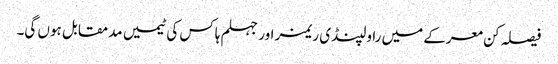
فیصلہ کن معرکے میں راولپنڈی ریمز اور جہلم ہاکس کی ٹیمیں مدمقابل ہوں گی۔